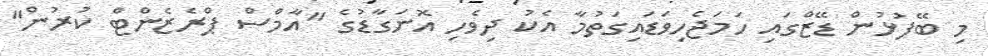
މި ބޭފުޅުން ޑޭޒްގައި ހަމަޖެހިވަޑައިގަތުމާ އެކު ދިވެހި އޮނަގާޑުގެ "އާމްސް ޕްރެޒެންޓް ކުރުން"